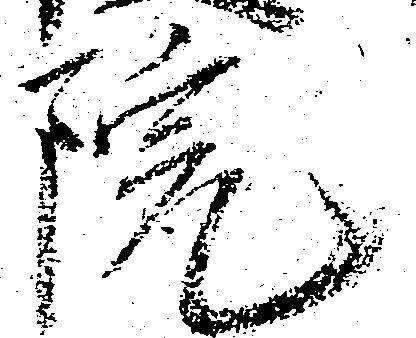
院